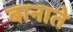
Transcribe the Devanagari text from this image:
बानाते